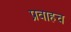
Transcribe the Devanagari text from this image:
प्रवाहच